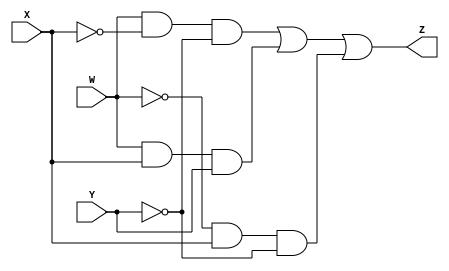
// Copyright (C) 2018  Intel Corporation. All rights reserved.
// Your use of Intel Corporation's design tools, logic functions 
// and other software and tools, and its AMPP partner logic 
// functions, and any output files from any of the foregoing 
// (including device programming or simulation files), and any 
// associated documentation or information are expressly subject 
// to the terms and conditions of the Intel Program License 
// Subscription Agreement, the Intel Quartus Prime License Agreement,
// the Intel FPGA IP License Agreement, or other applicable license
// agreement, including, without limitation, that your use is for
// the sole purpose of programming logic devices manufactured by
// Intel and sold by Intel or its authorized distributors.  Please
// refer to the applicable agreement for further details.

// PROGRAM		"Quartus Prime"
// VERSION		"Version 18.1.0 Build 625 09/12/2018 SJ Standard Edition"
// CREATED		"Mon May 18 15:05:31 2020"

module lab1step2(
	W,
	X,
	Y,
	Z
);


input wire	W;
input wire	X;
input wire	Y;
output wire	Z;

wire	SYNTHESIZED_WIRE_0;
wire	SYNTHESIZED_WIRE_7;
wire	SYNTHESIZED_WIRE_2;
wire	SYNTHESIZED_WIRE_4;
wire	SYNTHESIZED_WIRE_5;
wire	SYNTHESIZED_WIRE_6;




assign	SYNTHESIZED_WIRE_6 = SYNTHESIZED_WIRE_0 & X & SYNTHESIZED_WIRE_7;

assign	SYNTHESIZED_WIRE_4 = W & SYNTHESIZED_WIRE_2 & SYNTHESIZED_WIRE_7;

assign	SYNTHESIZED_WIRE_5 = W & X & Y;

assign	Z = SYNTHESIZED_WIRE_4 | SYNTHESIZED_WIRE_5 | SYNTHESIZED_WIRE_6;

assign	SYNTHESIZED_WIRE_2 =  ~X;

assign	SYNTHESIZED_WIRE_0 =  ~W;

assign	SYNTHESIZED_WIRE_7 =  ~Y;


endmodule